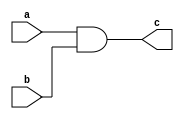
module int8_and(a, b, c);
    input[7:0] a, b;

    output [7:0] c;

    assign c=a&b;
endmodule